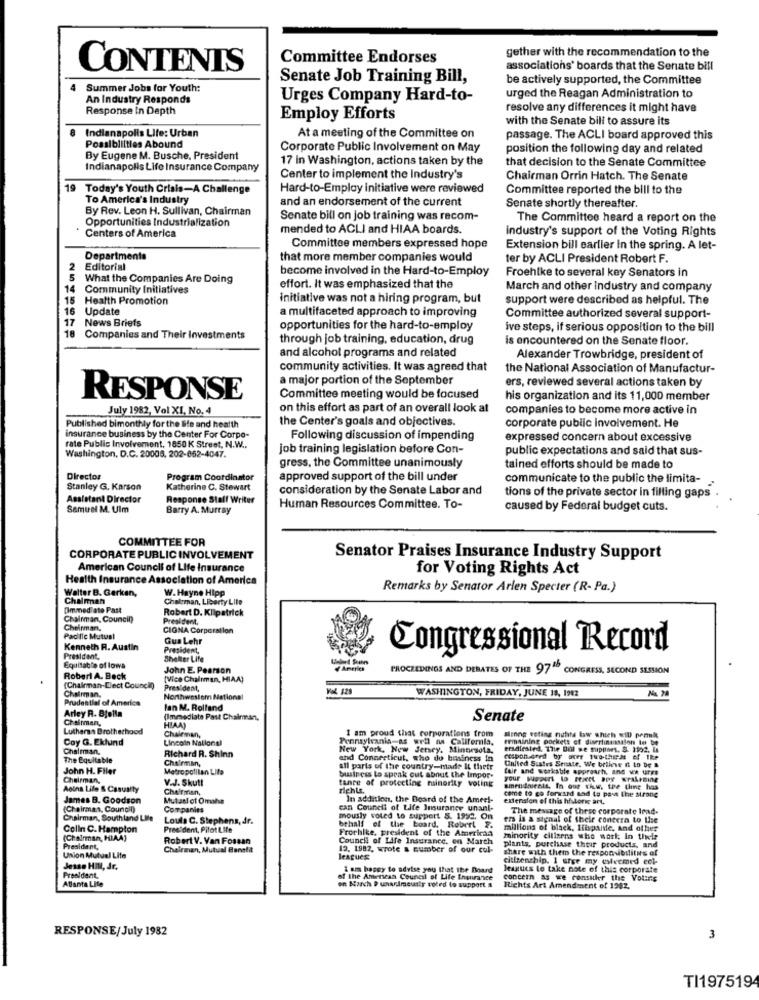
Committee Endorses
gether with the recommendation to the
CONTENTS
associations' boards that the Senate bill
Senate Job Training Bill,
be actively supported, the Committee
4 Summer Jobs for Youth:
An Industry Responds
Urges Company Hard-to-
urged the Reagan Administration to
Response In Depth
resolve any differences it might have
Employ Efforts
with the Senate bill to assure its
8 Indianapolis Life: Urban
At a meeting of the Committee on
passage. The ACLI board approved this
Possibilities Abound
Corporate Public Involvement on May
position the following day and related
By Eugene M. Busche, President
17 in Washington, actions taken by the
that decision to the Senate Committee
Indianapolis Life Insurance Company
Center to implement the Industry's
Chairman Orrin Hatch. The Senate
19 Today's Youth Crisis-A Challenge
Hard-to-Employ initiative were reviewed
Committee reported the bill to the
To America's Industry
and an endorsement of the current
By Rev. Leon H. Sullivan, Chairman
Senate shortly thereafter.
Opportunities Industrialization
Senate bill on Job training was recom-
The Committee heard a report on the
Centers of America
mended to ACLI and HIAA boards.
industry's support of the Voting Rights
Committee members expressed hope
Extension bill earlier in the spring. A let-
Departments
that more member companies would
ter by ACLI President Robert F.
2
Editorial
become involved in the Hard-to-Employ
5 What the Companies Are Doing
Froehlke to several key Senators in
14 Community Initiatives
effort. It was emphasized that the
March and other Industry and company
15 Health Promotion
initiative was not a hiring program, but
support were described as helpful. The
16
Update
a multifaceted approach to improving
17
News Briefs
Committee authorized several support-
10
opportunities for the hard-to-employ
ive steps, if serious opposition to the bill
Companies and Their Investments
through job training, education, drug
is encountered on the Senate floor.
and alcohol programs and related
Alexander Trowbridge, president of
community activities. It was agreed that
the National Association of Manufactur-
a major portion of the September
ers, reviewed several actions taken by
RESPONSE
Committee meeting would be focused
his organization and its 11,000 member
July 1982, Vol XI, No. 4
on this effort as part of an overall look at
companies to become more active in
the Center's goals and objectives.
Published bimonthly for the life and health
corporate public involvement. He
insurance business by the Center For Corpo-
Following discussion of impending
expressed concern about excessive
rate Public Involvement, 1850 K Street, N.W ..
job training legislation before Con-
public expectations and said that sus-
Washington, D.C. 20006, 202-062-4047.
gress, the Committee unanimously
tained efforts should be made to
Director
Program Coordinator
approved support of the bill under
communicate to the public the limita-
Stanley G. Karson
Katherine C. Stewart
consideration by the Senate Labor and
tions of the private sector in filling gaps .
Assistant Director
Response Staff Writer
Samuel M. Ulm
Barry A. Murray
Human Resources Committee. To-
caused by Federal budget cuts.
COMMITTEE FOR
CORPORATE PUBLIC INVOLVEMENT
Senator Praises Insurance Industry Support
American Council of Life Insurance
for Voting Rights Act
Health Insurance Association of America
Walter B. Gerken,
W. Hayne Hipp
Remarks by Senator Arlen Specter (R- Pa.)
Chalman
Chairman, Liberty Lite
[Immediato Past
Robert D. Kilpatrick
Chairman, Council)
President.
Chairman,
CIGNA Corporation
Pacific Mutual
Gus Lehr
Kenneth R. Austin
President,
Congressional Record
President,
Shelter Life
Equitable of lowa
John E. Pearson
America
PROCEEDINGS AND DEBATES OF THE 97 CONGRESS, SECOND SESSION
Robert A. Beck
[Vice Chairman, HIAA)
(Chairman-Elect Council)
Chairman.
President,
WASHINGTON, FRIDAY, JUNE 18, 1912
Prudential of America
Northwestem National
Arley R. Stella
lan M. Rolland
Chairman,
(Immediate Past Chairman,
Senate
Lutheran Brotherhood
HIAAT
Chairman,
I am proud that corporations from
Coy G. Eklund
Lincoln National
Pennsylvania-as well na California,
along voting nuhits law which will penk
remaining pockets of diserimunsalon le be
Chairman.
Richard R. Shinn
New York, New Jersey, Mintwrsola,
ersdiested. The Bill we support, S. 1192. La
The Equitable
Chairman,
and Connecticut, who do business in
cosponsored by over two-theds of the
John H. Filer
Metropolilan Lite
all parts of the country-made It thetr
fair and workable approach, and we ures
United States Senate. We believe It to be B
Chairman,
V.J. Skutt
business Lo speak out about the Impor-
tance of protecting minority voting
Aetna Life & Casualty
Chairman,
richte.
amendments, In our the, the thine has
James B. Goodson
Mutasl of Omaha
In addition, the Board of the Ameri-
come to go forward sad to past the strang
extension of this historic art.
(Chairman, Council)
Companies
can Council of Life Insurance unanl-
The message of these corporate Irad-
Chairman, Southland Lile
Loula C. Stephens, dr.
mously voted to support S. 1992. On
ers is a signal of their contera to the
Colln C. Hampton
President, Pilot Life
bthalf of the board. Robert F.
Frochike, president of the American
millions of black, Itispane, And other
(Chairman, HIAA]
Robert V. Van Fossan
Council of Life Insurance, on March
minority citizens who work In their
President,
Chairman, Mutual Benefit
19. 1982, wrote a number of our cul-
plants, purchase their products, and
share with them the responsibilities of
Union Mutual Life
leagues:
citizenship. 1 urge my eyecmed col-
President
Jesse HIM, dr.
I am happy to advise you that the Board
leagues to take note of this corporate
Atlanta Lite
of the American Council of Life Insurance
on March P unarimeusty voted to support a
concern as we consuler the Voting
Richts Art Amendment of 1982.
RESPONSE/July 1982
3
TI197519